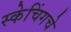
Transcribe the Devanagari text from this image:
स्केचिंगचे